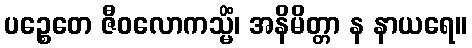
ပဉ္စေတေ ဇီဝလောကသ္မိံ၊ အနိမိတ္တာ န နာယရေ။